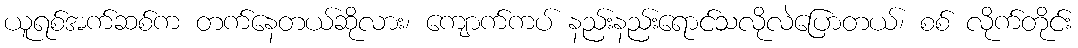
ယူရစ်အက်ဆစ်က တက်နေတယ်ဆိုလား၊ ကျောက်ကပ် နည်းနည်းရောင်သလိုလဲပြောတယ်၊ စစ် လိုက်တိုင်း